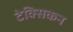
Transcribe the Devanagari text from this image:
टेक्सिकन